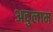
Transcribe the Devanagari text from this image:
अदुलाम